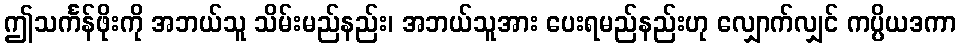
ဤသင်္ကန်ဖိုးကို အဘယ်သူ သိမ်းမည်နည်း၊ အဘယ်သူအား ပေးရမည်နည်းဟု လျှောက်လျှင် ကပ္ပိယဒကာ